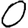
Digit: 0